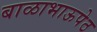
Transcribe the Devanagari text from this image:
बाळाभाऊपेठ